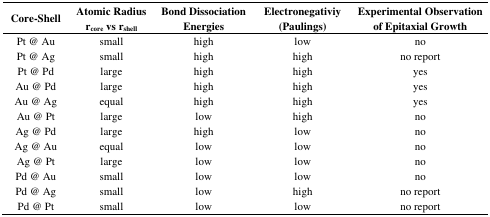
| Core-Shell | Atomic Radius rcorevs rshell | Bond Dissociation Energies | Electronegativiy (Paulings) | Experimental Observation of Epitaxial Growth |
 | --- | --- | --- | --- | --- |
 | Pt @ Au | small | high | low | no |
 | Pt @ Ag | small | high | high | no report |
 | Pt @ Pd | large | high | high | yes |
 | Au @ Pd | large | high | high | yes |
 | Au @ Ag | equal | high | high | yes |
 | Au @ Pt | large | low | high | no |
 | Ag @ Pd | large | high | low | no |
 | Ag @ Au | equal | low | low | no |
 | Ag @ Pt | large | low | low | no |
 | Pd @ Au | small | low | low | no |
 | Pd @ Ag | small | low | high | no report |
 | Pd @ Pt | small | low | low | no report |